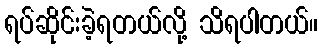
ရပ်ဆိုင်းခဲ့ရတယ်လို့ သိရပါတယ်။